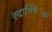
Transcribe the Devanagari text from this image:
रुद्राभिषॆक